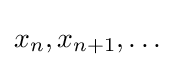
x_{n},x_{n+1},\ldots